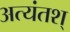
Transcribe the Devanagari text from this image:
अत्यंतश्